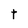
Character: t